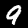
Digit: 9